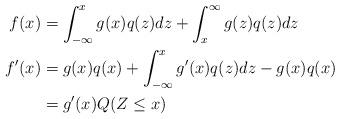
LaTeX: \begin{align*}f(x)&=\int_{-\infty}^{x}g(x)q(z)dz+\int_{x}^{\infty}g(z)q(z)dz\\f'(x)&=g(x)q(x)+\int_{-\infty}^{x}g'(x)q(z)dz-g(x)q(x) \\& =g'(x)Q(Z\leq x)\end{align*}